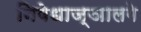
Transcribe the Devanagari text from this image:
निषेधाज्ञालगे